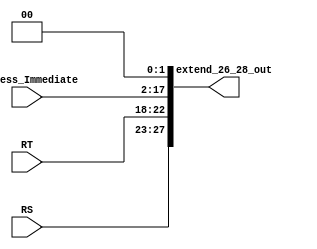
module F_extend_26_28(
    input wire [4:0] RS,
    input wire [4:0] RT,
    input wire [15:0] Address_Immediate,

    output wire [27:0] extend_26_28_out
);

    assign extend_26_28_out = {RS, RT, Address_Immediate, 2'b00}; // S chutei que era no menos signigicativo, pode ser no mais signigicativo tbm, perguntar ao monitor

endmodule